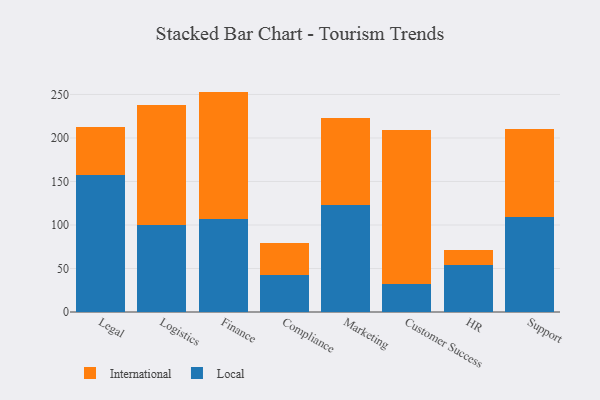
{"axis": {"x": "Department", "y": "Tickets Resolved"}, "legend": ["International", "Local"], "data": [{"x": "Legal", "y": 157.8, "type": "Local"}, {"x": "Legal", "y": 54.5, "type": "International"}, {"x": "Logistics", "y": 100.2, "type": "Local"}, {"x": "Logistics", "y": 137.2, "type": "International"}, {"x": "Finance", "y": 106.6, "type": "Local"}, {"x": "Finance", "y": 146.7, "type": "International"}, {"x": "Compliance", "y": 42.6, "type": "Local"}, {"x": "Compliance", "y": 36.2, "type": "International"}, {"x": "Marketing", "y": 123.5, "type": "Local"}, {"x": "Marketing", "y": 99.8, "type": "International"}, {"x": "Customer Success", "y": 32.1, "type": "Local"}, {"x": "Customer Success", "y": 177.3, "type": "International"}, {"x": "HR", "y": 54.2, "type": "Local"}, {"x": "HR", "y": 17.0, "type": "International"}, {"x": "Support", "y": 109.0, "type": "Local"}, {"x": "Support", "y": 100.8, "type": "International"}]}